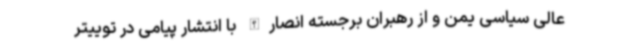
عالی سیاسی یمن و از رهبران برجسته انصارالله با انتشار پیامی در توییتر